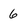
Character: 6